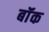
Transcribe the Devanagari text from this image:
बॉंक